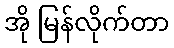
အို မြန်လိုက်တာ